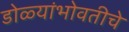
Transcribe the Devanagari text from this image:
डोळ्यांभोवतीचे